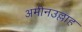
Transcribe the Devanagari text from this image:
अमीनउल्लाह